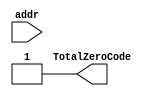
// This program was cloned from: https://github.com/Anas-Salah/MATLAB-Modeling-and-FPGA-Implementation-of-CAVLC-Entropy-Encoding-in-H.264-Video-Processing-Standard
// License: MIT License

`timescale 1ns / 1ps



module totalZeroTab(
input					addr,
output 	reg	        	TotalZeroCode
);


// Note he made the same idea like I thought but the number @ the right and the value at the left 
/*
 From 0 to 15 row and 15 columbs 
 15 rows because the NZQs whether one non zero or fifteen non-zero the
 NZQs may reach 16 but it will not be recognized in this stage.

TotalZeroCode = 7 bits {3 bits MSB , 4 bits LSB} 
The LSB represents the total number length code and it will decoded using the module named  Z_word_decoder
The 3 bits MSB represents the value
*/

always @(*)begin
	case(addr)
	//Total NZQs =  1                    
    8'h00: TotalZeroCode = 7'h11 ; /* str=1 */
    8'h01: TotalZeroCode = 7'h33 ; /* str=011 */
    8'h02: TotalZeroCode = 7'h23 ; /* str=010 */
    8'h03: TotalZeroCode = 7'h34 ; /* str=0011 */
    8'h04: TotalZeroCode = 7'h24 ; /* str=0010 */
    8'h05: TotalZeroCode = 7'h35 ; /* str=00011 */
    8'h06: TotalZeroCode = 7'h25 ; /* str=00010 */
    8'h07: TotalZeroCode = 7'h36 ; /* str=000011 */
    8'h08: TotalZeroCode = 7'h26 ; /* str=000010 */
    8'h09: TotalZeroCode = 7'h37 ; /* str=0000011 */
    8'h0a: TotalZeroCode = 7'h27 ; /* str=0000010 */
    8'h0b: TotalZeroCode = 7'h38 ; /* str=00000011 */
    8'h0c: TotalZeroCode = 7'h28 ; /* str=00000010 */
    8'h0d: TotalZeroCode = 7'h39 ; /* str=000000011 */
    8'h0e: TotalZeroCode = 7'h29 ; /* str=000000010 */
    8'h0f: TotalZeroCode = 7'h19 ; /* str=000000001 */

	//Total NZQs =  2                    
    8'h10: TotalZeroCode = 7'h73 ; /* str=111 */
    8'h11: TotalZeroCode = 7'h63 ; /* str=110 */
    8'h12: TotalZeroCode = 7'h53 ; /* str=101 */
    8'h13: TotalZeroCode = 7'h43 ; /* str=100 */
    8'h14: TotalZeroCode = 7'h33 ; /* str=011 */
    8'h15: TotalZeroCode = 7'h54 ; /* str=0101 */
    8'h16: TotalZeroCode = 7'h44 ; /* str=0100 */
    8'h17: TotalZeroCode = 7'h34 ; /* str=0011 */
    8'h18: TotalZeroCode = 7'h24 ; /* str=0010 */
    8'h19: TotalZeroCode = 7'h35 ; /* str=00011 */
    8'h1a: TotalZeroCode = 7'h25 ; /* str=00010 */
    8'h1b: TotalZeroCode = 7'h36 ; /* str=000011 */
    8'h1c: TotalZeroCode = 7'h26 ; /* str=000010 */
    8'h1d: TotalZeroCode = 7'h16 ; /* str=000001 */
    8'h1e: TotalZeroCode = 7'h06 ; /* str=000000 */
    8'h1f: TotalZeroCode = 7'h00 ; /* str= */
                                 
	//Total NZQs =  3                    
    8'h20: TotalZeroCode = 7'h54 ; /* str=0101 */
    8'h21: TotalZeroCode = 7'h73 ; /* str=111 */
    8'h22: TotalZeroCode = 7'h63 ; /* str=110 */
    8'h23: TotalZeroCode = 7'h53 ; /* str=101 */
    8'h24: TotalZeroCode = 7'h44 ; /* str=0100 */
    8'h25: TotalZeroCode = 7'h34 ; /* str=0011 */
    8'h26: TotalZeroCode = 7'h43 ; /* str=100 */
    8'h27: TotalZeroCode = 7'h33 ; /* str=011 */
    8'h28: TotalZeroCode = 7'h24 ; /* str=0010 */
    8'h29: TotalZeroCode = 7'h35 ; /* str=00011 */
    8'h2a: TotalZeroCode = 7'h25 ; /* str=00010 */
    8'h2b: TotalZeroCode = 7'h16 ; /* str=000001 */
    8'h2c: TotalZeroCode = 7'h15 ; /* str=00001 */
    8'h2d: TotalZeroCode = 7'h06 ; /* str=000000 */
    8'h2e: TotalZeroCode = 7'h00 ; /* str= */
    8'h2f: TotalZeroCode = 7'h00 ; /* str= */
                                
	//Total NZQs =  4                    
    8'h30: TotalZeroCode = 7'h35 ; /* str=00011 */
    8'h31: TotalZeroCode = 7'h73 ; /* str=111 */
    8'h32: TotalZeroCode = 7'h54 ; /* str=0101 */
    8'h33: TotalZeroCode = 7'h44 ; /* str=0100 */
    8'h34: TotalZeroCode = 7'h63 ; /* str=110 */
    8'h35: TotalZeroCode = 7'h53 ; /* str=101 */
    8'h36: TotalZeroCode = 7'h43 ; /* str=100 */
    8'h37: TotalZeroCode = 7'h34 ; /* str=0011 */
    8'h38: TotalZeroCode = 7'h33 ; /* str=011 */
    8'h39: TotalZeroCode = 7'h24 ; /* str=0010 */
    8'h3a: TotalZeroCode = 7'h25 ; /* str=00010 */
    8'h3b: TotalZeroCode = 7'h15 ; /* str=00001 */
    8'h3c: TotalZeroCode = 7'h05 ; /* str=00000 */
    8'h3d: TotalZeroCode = 7'h00 ; /* str= */
 //
    8'h3e: TotalZeroCode = 7'h11 ; /* str= */
    8'h3f: TotalZeroCode = 7'h01 ; /* str= */
                                
	//Total NZQs =  5                    
    8'h40: TotalZeroCode = 7'h54 ; /* str=0101 */
    8'h41: TotalZeroCode = 7'h44 ; /* str=0100 */
    8'h42: TotalZeroCode = 7'h34 ; /* str=0011 */
    8'h43: TotalZeroCode = 7'h73 ; /* str=111 */
    8'h44: TotalZeroCode = 7'h63 ; /* str=110 */
    8'h45: TotalZeroCode = 7'h53 ; /* str=101 */
    8'h46: TotalZeroCode = 7'h43 ; /* str=100 */
    8'h47: TotalZeroCode = 7'h33 ; /* str=011 */
    8'h48: TotalZeroCode = 7'h24 ; /* str=0010 */
    8'h49: TotalZeroCode = 7'h15 ; /* str=00001 */
    8'h4a: TotalZeroCode = 7'h14 ; /* str=0001 */
    8'h4b: TotalZeroCode = 7'h05 ; /* str=00000 */
    8'h4c: TotalZeroCode = 7'h00 ; /* str= */
 //
    8'h4d: TotalZeroCode = 7'h00 ; /* str= */
    8'h4e: TotalZeroCode = 7'h00 ; /* str= */
    8'h4f: TotalZeroCode = 7'h00 ; /* str= */
                                 
	//Total NZQs =  6                    
    8'h50: TotalZeroCode = 7'h16 ; /* str=000001 */
    8'h51: TotalZeroCode = 7'h15 ; /* str=00001 */
    8'h52: TotalZeroCode = 7'h73 ; /* str=111 */
    8'h53: TotalZeroCode = 7'h63 ; /* str=110 */
    8'h54: TotalZeroCode = 7'h53 ; /* str=101 */
    8'h55: TotalZeroCode = 7'h43 ; /* str=100 */
    8'h56: TotalZeroCode = 7'h33 ; /* str=011 */
    8'h57: TotalZeroCode = 7'h23 ; /* str=010 */
    8'h58: TotalZeroCode = 7'h14 ; /* str=0001 */
    8'h59: TotalZeroCode = 7'h13 ; /* str=001 */
    8'h5a: TotalZeroCode = 7'h06 ; /* str=000000 */
    8'h5b: TotalZeroCode = 7'h00 ; /* str= */
  //
    8'h5c: TotalZeroCode = 7'h00 ; /* str= */
    8'h5d: TotalZeroCode = 7'h00 ; /* str= */
    8'h5e: TotalZeroCode = 7'h00 ; /* str= */
    8'h5f: TotalZeroCode = 7'h00 ; /* str= */
                                
	//Total NZQs =  7                    
    8'h60: TotalZeroCode = 7'h16 ; /* str=000001 */
    8'h61: TotalZeroCode = 7'h15 ; /* str=00001 */
    8'h62: TotalZeroCode = 7'h53 ; /* str=101 */
    8'h63: TotalZeroCode = 7'h43 ; /* str=100 */
    8'h64: TotalZeroCode = 7'h33 ; /* str=011 */
    8'h65: TotalZeroCode = 7'h32 ; /* str=11 */
    8'h66: TotalZeroCode = 7'h23 ; /* str=010 */
    8'h67: TotalZeroCode = 7'h14 ; /* str=0001 */
    8'h68: TotalZeroCode = 7'h13 ; /* str=001 */
    8'h69: TotalZeroCode = 7'h06 ; /* str=000000 */
    8'h6a: TotalZeroCode = 7'h00 ; /* str= */
//
    8'h6b: TotalZeroCode = 7'h00 ; /* str= */
    8'h6c: TotalZeroCode = 7'h00 ; /* str= */
    8'h6d: TotalZeroCode = 7'h00 ; /* str= */
    8'h6e: TotalZeroCode = 7'h00 ; /* str= */
    8'h6f: TotalZeroCode = 7'h00 ; /* str= */
                                
	//Total NZQs =  8                    
    8'h70: TotalZeroCode = 7'h16 ; /* str=000001 */
    8'h71: TotalZeroCode = 7'h14 ; /* str=0001 */
    8'h72: TotalZeroCode = 7'h15 ; /* str=00001 */
    8'h73: TotalZeroCode = 7'h33 ; /* str=011 */
    8'h74: TotalZeroCode = 7'h32 ; /* str=11 */
    8'h75: TotalZeroCode = 7'h22 ; /* str=10 */
    8'h76: TotalZeroCode = 7'h23 ; /* str=010 */
    8'h77: TotalZeroCode = 7'h13 ; /* str=001 */
    8'h78: TotalZeroCode = 7'h06 ; /* str=000000 */
    8'h79: TotalZeroCode = 7'h00 ; /* str= */
//
    8'h7a: TotalZeroCode = 7'h00 ; /* str= */
    8'h7b: TotalZeroCode = 7'h00 ; /* str= */
    8'h7c: TotalZeroCode = 7'h00 ; /* str= */
    8'h7d: TotalZeroCode = 7'h00 ; /* str= */
    8'h7e: TotalZeroCode = 7'h00 ; /* str= */
    8'h7f: TotalZeroCode = 7'h00 ; /* str= */
                                 
	//Total NZQs =  9                    
    8'h80: TotalZeroCode = 7'h16 ; /* str=000001 */
    8'h81: TotalZeroCode = 7'h06 ; /* str=000000 */
    8'h82: TotalZeroCode = 7'h14 ; /* str=0001 */
    8'h83: TotalZeroCode = 7'h32 ; /* str=11 */
    8'h84: TotalZeroCode = 7'h22 ; /* str=10 */
    8'h85: TotalZeroCode = 7'h13 ; /* str=001 */
    8'h86: TotalZeroCode = 7'h12 ; /* str=01 */
    8'h87: TotalZeroCode = 7'h15 ; /* str=00001 */
    8'h88: TotalZeroCode = 7'h00 ; /* str= */
//
    8'h89: TotalZeroCode = 7'h00 ; /* str= */
    8'h8a: TotalZeroCode = 7'h00 ; /* str= */
    8'h8b: TotalZeroCode = 7'h00 ; /* str= */
    8'h8c: TotalZeroCode = 7'h00 ; /* str= */
    8'h8d: TotalZeroCode = 7'h00 ; /* str= */
    8'h8e: TotalZeroCode = 7'h00 ; /* str= */
    8'h8f: TotalZeroCode = 7'h00 ; /* str= */
    
    
	//Total NZQs =  10                    
    
    8'h90: TotalZeroCode = 7'h15 ; /* str=00001 */
    8'h91: TotalZeroCode = 7'h05 ; /* str=00000 */
    8'h92: TotalZeroCode = 7'h13 ; /* str=001 */
    8'h93: TotalZeroCode = 7'h32 ; /* str=11 */
    8'h94: TotalZeroCode = 7'h22 ; /* str=10 */
    8'h95: TotalZeroCode = 7'h12 ; /* str=01 */
    8'h96: TotalZeroCode = 7'h14 ; /* str=0001 */
    8'h97: TotalZeroCode = 7'h00 ; /* str= */
    8'h98: TotalZeroCode = 7'h00 ; /* str= */
//
    8'h99: TotalZeroCode = 7'h00 ; /* str= */
    8'h9a: TotalZeroCode = 7'h00 ; /* str= */
    8'h9b: TotalZeroCode = 7'h00 ; /* str= */
    8'h9c: TotalZeroCode = 7'h00 ; /* str= */
    8'h9d: TotalZeroCode = 7'h00 ; /* str= */
    8'h9e: TotalZeroCode = 7'h00 ; /* str= */
    8'h9f: TotalZeroCode = 7'h00 ; /* str= */
        
	//Total NZQs =  11                    

    8'ha0: TotalZeroCode = 7'h04 ; /* str=0000 */
    8'ha1: TotalZeroCode = 7'h14 ; /* str=0001 */
    8'ha2: TotalZeroCode = 7'h13 ; /* str=001 */
    8'ha3: TotalZeroCode = 7'h23 ; /* str=010 */
    8'ha4: TotalZeroCode = 7'h11 ; /* str=1 */
    8'ha5: TotalZeroCode = 7'h33 ; /* str=011 */
    8'ha6: TotalZeroCode = 7'h00 ; /* str= */
    8'ha7: TotalZeroCode = 7'h00 ; /* str= */
    8'ha8: TotalZeroCode = 7'h00 ; /* str= */
//
    8'ha9: TotalZeroCode = 7'h00 ; /* str= */
    8'haa: TotalZeroCode = 7'h00 ; /* str= */
    8'hab: TotalZeroCode = 7'h00 ; /* str= */
    8'hac: TotalZeroCode = 7'h00 ; /* str= */
    8'had: TotalZeroCode = 7'h00 ; /* str= */
    8'hae: TotalZeroCode = 7'h00 ; /* str= */
    8'haf: TotalZeroCode = 7'h00 ; /* str= */

	//Total NZQs =  12                    

    8'hb0: TotalZeroCode = 7'h04 ; /* str=0000 */
    8'hb1: TotalZeroCode = 7'h14 ; /* str=0001 */
    8'hb2: TotalZeroCode = 7'h12 ; /* str=01 */
    8'hb3: TotalZeroCode = 7'h11 ; /* str=1 */
    8'hb4: TotalZeroCode = 7'h13 ; /* str=001 */
    8'hb5: TotalZeroCode = 7'h00 ; /* str= */
    8'hb6: TotalZeroCode = 7'h00 ; /* str= */
    8'hb7: TotalZeroCode = 7'h00 ; /* str= */
    8'hb8: TotalZeroCode = 7'h00 ; /* str= */
//
    8'hb9: TotalZeroCode = 7'h00 ; /* str= */
    8'hba: TotalZeroCode = 7'h00 ; /* str= */
    8'hbb: TotalZeroCode = 7'h22 ; /* str= */
    8'hbc: TotalZeroCode = 7'h00 ; /* str= */
    8'hbd: TotalZeroCode = 7'h00 ; /* str= */
    8'hbe: TotalZeroCode = 7'h00 ; /* str= */
    8'hbf: TotalZeroCode = 7'h00 ; /* str= */

	//Total NZQs =  13                    


    8'hc0: TotalZeroCode = 7'h03 ; /* str=000 */
    8'hc1: TotalZeroCode = 7'h13 ; /* str=001 */
    8'hc2: TotalZeroCode = 7'h11 ; /* str=1 */
    8'hc3: TotalZeroCode = 7'h12 ; /* str=01 */
    8'hc4: TotalZeroCode = 7'h00 ; /* str= */
    8'hc5: TotalZeroCode = 7'h00 ; /* str= */
    8'hc6: TotalZeroCode = 7'h00 ; /* str= */
    8'hc7: TotalZeroCode = 7'h00 ; /* str= */
    8'hc8: TotalZeroCode = 7'h00 ; /* str= */
//
    8'hc9: TotalZeroCode = 7'h00 ; /* str= */
    8'hca: TotalZeroCode = 7'h00 ; /* str= */
    8'hcb: TotalZeroCode = 7'h00 ; /* str= */
    8'hcc: TotalZeroCode = 7'h00 ; /* str= */
    8'hcd: TotalZeroCode = 7'h00 ; /* str= */
    8'hce: TotalZeroCode = 7'h00 ; /* str= */
    8'hcf: TotalZeroCode = 7'h00 ; /* str= */
	//Total NZQs =  14                    

    8'hd0: TotalZeroCode = 7'h02; /* str=00 */
    8'hd1: TotalZeroCode = 7'h12 ; /* str=01 */
    8'hd2: TotalZeroCode = 7'h11 ; /* str=1 */
    8'hd3: TotalZeroCode = 7'h00 ; /* str= */
    8'hd4: TotalZeroCode = 7'h00 ; /* str= */
    8'hd5: TotalZeroCode = 7'h00 ; /* str= */
    8'hd6: TotalZeroCode = 7'h00 ; /* str= */
    8'hd7: TotalZeroCode = 7'h00 ; /* str= */
    8'hd8: TotalZeroCode = 7'h00 ; /* str= */
//
    8'hd9: TotalZeroCode = 7'h00 ; /* str= */
    8'hda: TotalZeroCode = 7'h00 ; /* str= */
    8'hdb: TotalZeroCode = 7'h00 ; /* str= */
    8'hdc: TotalZeroCode = 7'h00 ; /* str= */
    8'hdd: TotalZeroCode = 7'h00 ; /* str= */
    8'hde: TotalZeroCode = 7'h00 ; /* str= */
    8'hdf: TotalZeroCode = 7'h00 ; /* str= */


	//Total NZQs =  15         
    
    8'he0: TotalZeroCode = 7'h01 ; /* str=0 */
    8'he1: TotalZeroCode = 7'h11 ; /* str=1*/
    8'he2: TotalZeroCode = 7'h00 ; /* str= */
    8'he3: TotalZeroCode = 7'h00 ; /* str= */
    8'he4: TotalZeroCode = 7'h00 ; /* str= */
    8'he5: TotalZeroCode = 7'h00 ; /* str= */
    8'he6: TotalZeroCode = 7'h00 ; /* str= */
    8'he7: TotalZeroCode = 7'h00 ; /* str= */
    8'he8: TotalZeroCode = 7'h00 ; /* str= */
//
    8'he9: TotalZeroCode = 7'h00 ; /* str= */
    8'hea: TotalZeroCode = 7'h00 ; /* str= */
    8'heb: TotalZeroCode = 7'h00 ; /* str= */
    8'hec: TotalZeroCode = 7'h00 ; /* str= */
    8'hed: TotalZeroCode = 7'h00 ; /* str= */
    8'hee: TotalZeroCode = 7'h00 ; /* str= */
    8'hef: TotalZeroCode = 7'h00 ; /* str= */
    default:  TotalZeroCode = 7'h0 ;
  endcase
end
	
endmodule